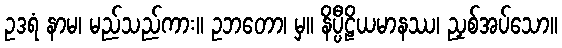
ဥဒရံ နာမ၊ မည်သည်ကား။ ဥဘတော၊ မှ။ နိပ္ပီဠိယမာနဿ၊ ညှစ်အပ်သော။